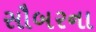
સૌબરના